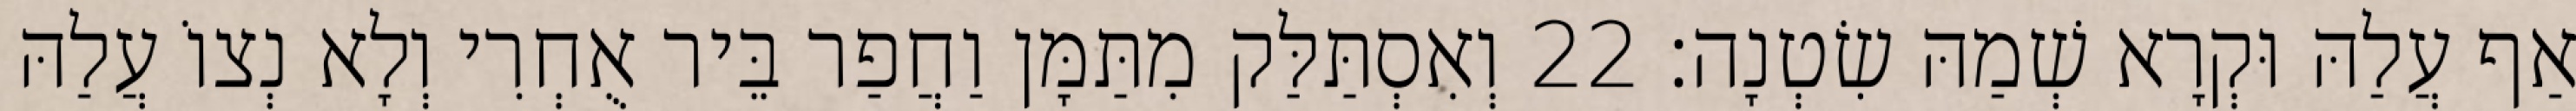
אַף עֲלַהּ וּקְרָא שְׁמַהּ שִׂטְנָה׃ 22 וְאִסְתַּלַּק מִתַּמָּן וַחֲפַר בֵּיר אֻחְרִי וְלָא נְצוֹ עֲלַהּ